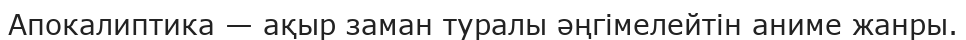
Апокалиптика — ақыр заман туралы әңгімелейтін аниме жанры.